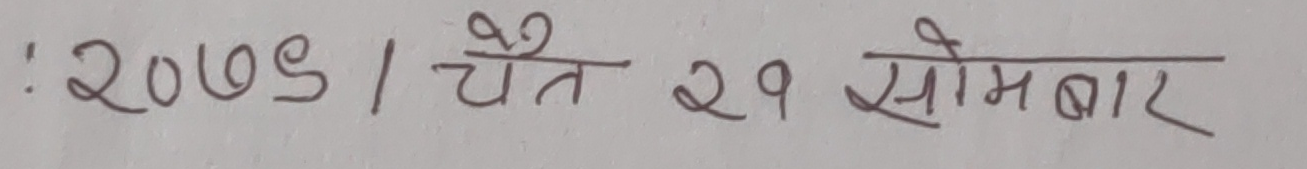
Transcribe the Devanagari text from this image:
: २०७९ / चैत २९ सोमबार